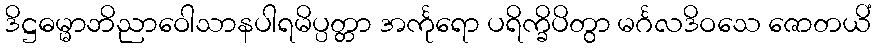
ဒိဋ္ဌဓမ္မာဘိညာဝေါသာနပါရမိပ္ပတ္တာ အင်္ကုရော ပရိက္ခိပိတွာ မင်္ဂလဒိဝသေ ဇောတယိံ